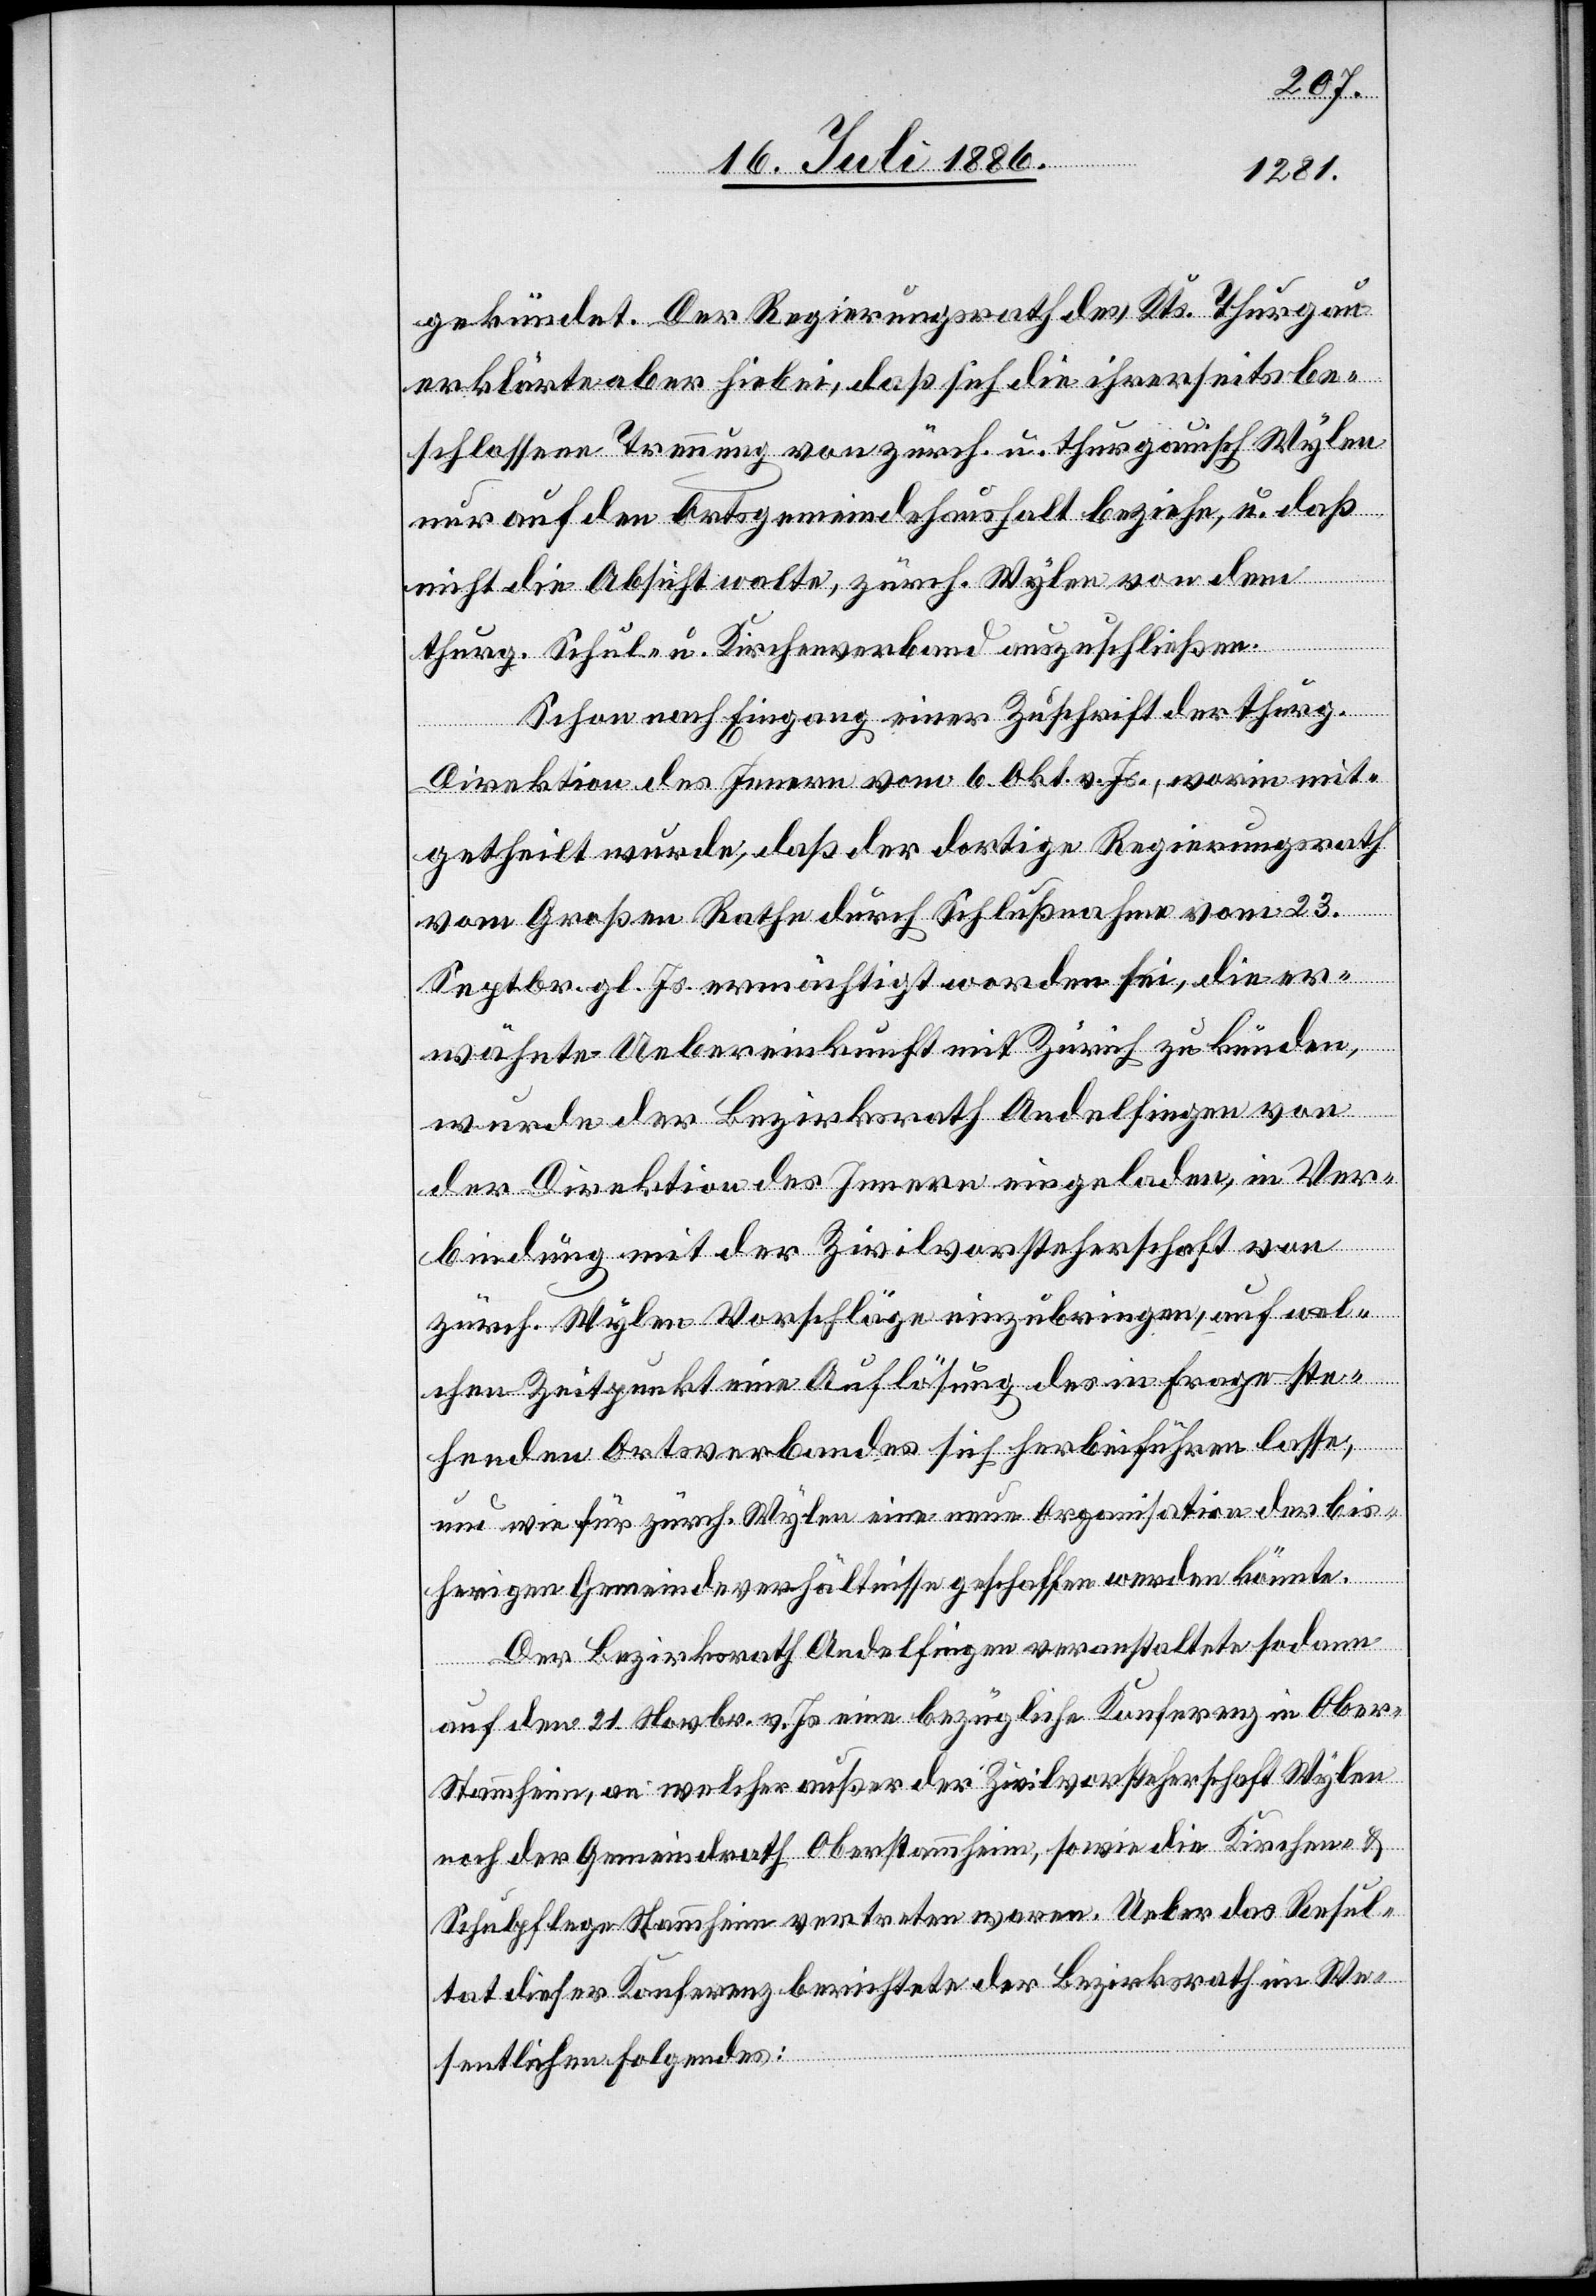
gekündet. Der Regierungsrath des Kts. Thurgau
erklärte aber hiebei, daß sich die ihrerseits be¬
schlossene Trennung von zürch. u. thurgauisch Wylen
nur auf den Ortsgemeindehaushalt beziehe, u. daß
nicht die Absicht walte, zürch. Wylen von dem
thurg. Schul- u. Kirchenverband auszuschließen.
Schon nach Eingang einer Zuschrift der thurg.
Direktion des Innern vom 6. Okt. v. Js., worin mit¬
getheilt wurde, daß der dortige Regierungsrath
vom Großen Rathe durch Schlußnahme vom 23.
Septbr. gl. Js. +-ermächtigt worden sei, die er¬
wähnte Uebereinkunft mit Zürich zu künden,
wurde der Bezirksrath Andelfingen von
der Direktion des Innern eingeladen, in Ver¬
bindung mit der Zivilvorsteherschaft von
zürch. Wylen Vorschläge einzubringen, auf wel¬
chen Zeitpunkt eine Auflösung des in Frage ste¬
henden Ortsverbandes sich herbeiführen lasse,
un[?d] wie für zürch. Wylen eine neue Organisation der bis¬
herigen Gemeindeverhältnisse geschaffen werden könnte.
Der Bezirksrath Andelfingen veranstaltete sodann
auf den 21. Novbr. v. Js. eine bezügliche Konferenz in Obe¬
r-Stammheim, an welcher außer der Zivilvorsteherschaft Wylen
noch der Gemeindrath Oberstammheim, sowie die Kirchen &
Schulpflege Stammheim vertreten waren. Ueber das Resul¬
tat dieser Konferenz berichtete der Bezirksrath im We¬
sentlichen Folgendes: